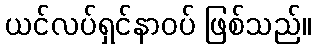
ယင်လပ်ရှင်နာဝပ် ဖြစ်သည်။